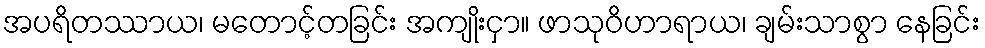
အပရိတဿာယ၊ မတောင့်တခြင်း အကျိုးငှာ။ ဖာသုဝိဟာရာယ၊ ချမ်းသာစွာ နေခြင်း